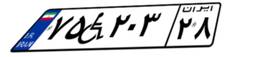
۱۰W۲۰۲۲۹